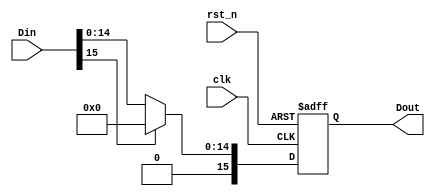
module ReLU(
clk,
rst_n,
Din,
Dout
);
    parameter WIDTH=8;
    input clk;
    input rst_n;
    input [2*WIDTH-1:0] Din;
    output reg [2*WIDTH-1:0] Dout;

    always @ (posedge clk or negedge rst_n) begin
        if (!rst_n)
            Dout <= 16'd0;
        else begin
            if (Din[15] == 1'b0) 
                Dout <= Din; //  0 ;
            else
                Dout <= 16'd0;
        end
    end

endmodule